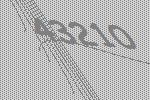
43210